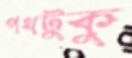
পথটুকু